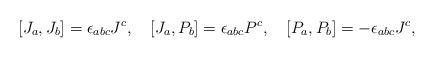
LaTeX: \begin{align*}[J_{a},J_{b}]=\epsilon_{abc}J^{c},\quad [J_{a},P_{b}]=\epsilon_{abc}P^{c}, \quad [P_{a},P_{b}]=-\epsilon_{abc}J^{c},\end{align*}